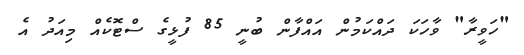
"ހަވީރާ" ވާހަކަ ދައްކަމުން އައްފާން ބުނީ 85 ފުޅީގެ ސްޓޮކެއް މިއަދު އެ